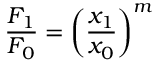
{ \frac { F _ { 1 } } { F _ { 0 } } } = \left( { \frac { x _ { 1 } } { x _ { 0 } } } \right) ^ { m }